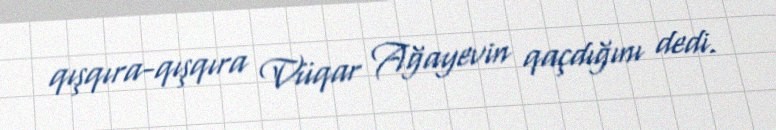
qışqıra-qışqıra Vüqar Ağayevin qaçdığını dedi.